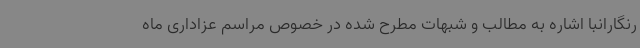
رنگارانبا اشاره به مطالب و شبهات مطرح شده در خصوص مراسم‌ عزاداری ماه